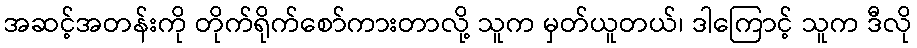
အဆင့်အတန်းကို တိုက်ရိုက်စော်ကားတာလို့ သူက မှတ်ယူတယ်၊ ဒါကြောင့် သူက ဒီလို